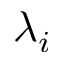
\lambda _ { i }